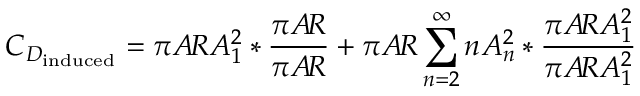
C _ { D _ { \mathrm { i n d u c e d } } } = \pi A \! R A _ { 1 } ^ { 2 } * { \frac { \pi A \! R } { \pi A \! R } } + \pi A \! R \sum _ { n = 2 } ^ { \infty } n A _ { n } ^ { 2 } * { \frac { \pi A \! R A _ { 1 } ^ { 2 } } { \pi A \! R A _ { 1 } ^ { 2 } } }